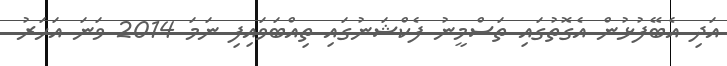
އަދި އެބޭފުޅުން އެގޮތުގައި ތަސްމީނު ފެކްޝަނުގައި ތިއްބަވައިފި ނަމަ 2014 ވަނަ އަހަރު